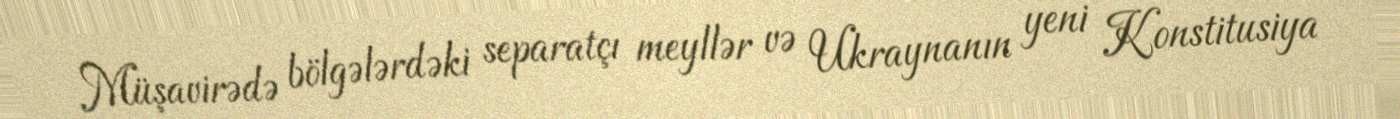
Müşavirədə bölgələrdəki separatçı meyllər və Ukraynanın yeni Konstitusiya